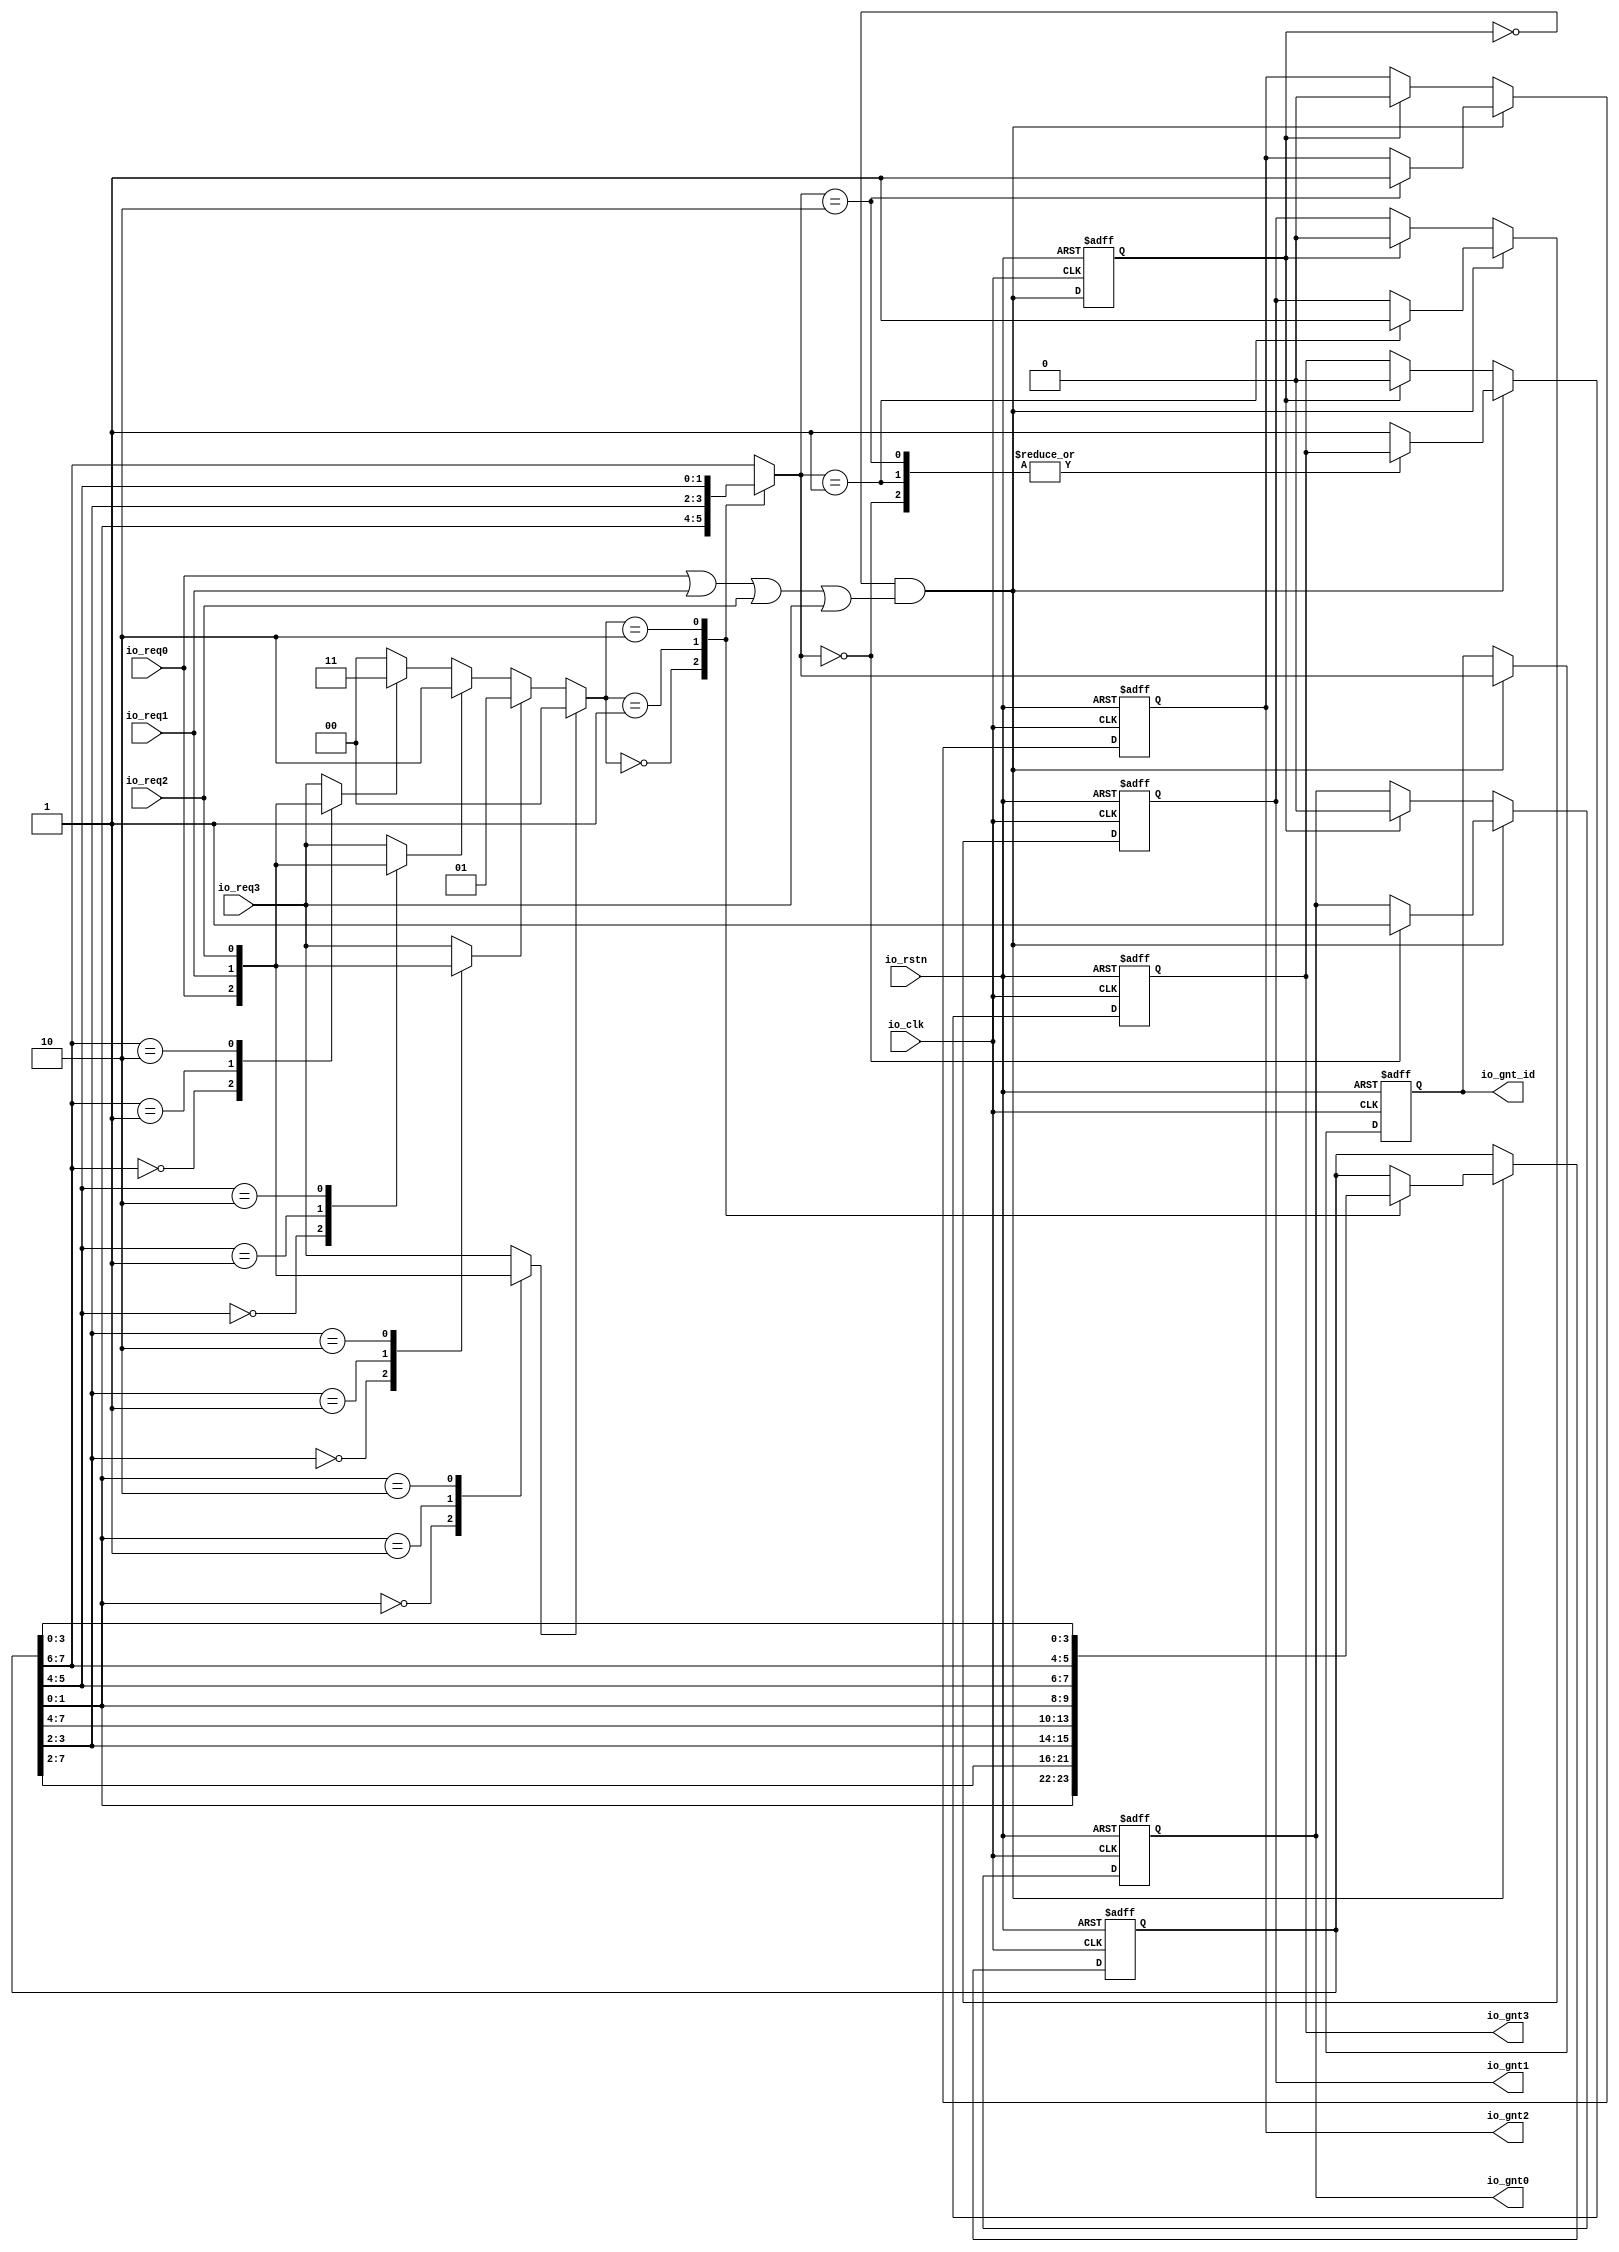
// Generator : SpinalHDL v1.7.0a    git head : 150a9b9067020722818dfb17df4a23ac712a7af8
// Component : strict_round_arbt
// Git hash  : 1ada80d2d659ea5af45b334c0c8b37d14dd88650

`timescale 1ns/1ps

module strict_round_arbt (
  input               io_req0,
  input               io_req1,
  input               io_req2,
  input               io_req3,
  output              io_gnt0,
  output              io_gnt1,
  output              io_gnt2,
  output              io_gnt3,
  output     [1:0]    io_gnt_id,
  input               io_clk,
  input               io_rstn
);

  reg                 myArea_arbt_time_d;
  reg        [7:0]    myArea_cur_pri;
  reg        [1:0]    myArea_gnt_id_w;
  reg        [1:0]    myArea_gnt_id_fix;
  reg                 myArea_fix_req0;
  reg                 myArea_fix_req1;
  reg                 myArea_fix_req2;
  reg                 myArea_fix_req3;
  wire                myArea_arbt_time;
  wire       [1:0]    switch_strict_round_arbt_l49;
  wire       [1:0]    switch_strict_round_arbt_l64;
  wire       [1:0]    switch_strict_round_arbt_l79;
  wire       [1:0]    switch_strict_round_arbt_l94;
  reg                 myArea_gnt0;
  reg                 myArea_gnt1;
  reg                 myArea_gnt2;
  reg                 myArea_gnt3;
  reg        [1:0]    myArea_gnt_id;

  always @(*) begin
    myArea_gnt_id_fix = 2'b00;
    if(myArea_fix_req0) begin
      myArea_gnt_id_fix = 2'b00;
    end else begin
      if(myArea_fix_req1) begin
        myArea_gnt_id_fix = 2'b01;
      end else begin
        if(myArea_fix_req2) begin
          myArea_gnt_id_fix = 2'b10;
        end else begin
          if(myArea_fix_req3) begin
            myArea_gnt_id_fix = 2'b11;
          end
        end
      end
    end
  end

  assign myArea_arbt_time = ((! myArea_arbt_time_d) && (((io_req0 || io_req1) || io_req2) || io_req3));
  assign switch_strict_round_arbt_l49 = myArea_cur_pri[1 : 0];
  always @(*) begin
    case(switch_strict_round_arbt_l49)
      2'b00 : begin
        myArea_fix_req0 = io_req0;
      end
      2'b01 : begin
        myArea_fix_req0 = io_req1;
      end
      2'b10 : begin
        myArea_fix_req0 = io_req2;
      end
      default : begin
        myArea_fix_req0 = io_req3;
      end
    endcase
  end

  assign switch_strict_round_arbt_l64 = myArea_cur_pri[3 : 2];
  always @(*) begin
    case(switch_strict_round_arbt_l64)
      2'b00 : begin
        myArea_fix_req1 = io_req0;
      end
      2'b01 : begin
        myArea_fix_req1 = io_req1;
      end
      2'b10 : begin
        myArea_fix_req1 = io_req2;
      end
      default : begin
        myArea_fix_req1 = io_req3;
      end
    endcase
  end

  assign switch_strict_round_arbt_l79 = myArea_cur_pri[5 : 4];
  always @(*) begin
    case(switch_strict_round_arbt_l79)
      2'b00 : begin
        myArea_fix_req2 = io_req0;
      end
      2'b01 : begin
        myArea_fix_req2 = io_req1;
      end
      2'b10 : begin
        myArea_fix_req2 = io_req2;
      end
      default : begin
        myArea_fix_req2 = io_req3;
      end
    endcase
  end

  assign switch_strict_round_arbt_l94 = myArea_cur_pri[7 : 6];
  always @(*) begin
    case(switch_strict_round_arbt_l94)
      2'b00 : begin
        myArea_fix_req3 = io_req0;
      end
      2'b01 : begin
        myArea_fix_req3 = io_req1;
      end
      2'b10 : begin
        myArea_fix_req3 = io_req2;
      end
      default : begin
        myArea_fix_req3 = io_req3;
      end
    endcase
  end

  always @(*) begin
    case(myArea_gnt_id_fix)
      2'b00 : begin
        myArea_gnt_id_w = myArea_cur_pri[1 : 0];
      end
      2'b01 : begin
        myArea_gnt_id_w = myArea_cur_pri[3 : 2];
      end
      2'b10 : begin
        myArea_gnt_id_w = myArea_cur_pri[5 : 4];
      end
      default : begin
        myArea_gnt_id_w = myArea_cur_pri[7 : 6];
      end
    endcase
  end

  assign io_gnt0 = myArea_gnt0;
  assign io_gnt1 = myArea_gnt1;
  assign io_gnt2 = myArea_gnt2;
  assign io_gnt3 = myArea_gnt3;
  assign io_gnt_id = myArea_gnt_id;
  always @(posedge io_clk or negedge io_rstn) begin
    if(!io_rstn) begin
      myArea_arbt_time_d <= 1'b0;
      myArea_cur_pri <= {2'b11,{2'b10,{2'b01,2'b00}}};
      myArea_gnt0 <= 1'b0;
      myArea_gnt1 <= 1'b0;
      myArea_gnt2 <= 1'b0;
      myArea_gnt3 <= 1'b0;
      myArea_gnt_id <= 2'b00;
    end else begin
      if(myArea_arbt_time) begin
        case(myArea_gnt_id_w)
          2'b00 : begin
            myArea_gnt0 <= 1'b1;
          end
          2'b01 : begin
            myArea_gnt1 <= 1'b1;
          end
          2'b10 : begin
            myArea_gnt2 <= 1'b1;
          end
          default : begin
            myArea_gnt3 <= 1'b1;
          end
        endcase
      end else begin
        if(myArea_arbt_time_d) begin
          myArea_gnt0 <= 1'b0;
          myArea_gnt1 <= 1'b0;
          myArea_gnt2 <= 1'b0;
          myArea_gnt3 <= 1'b0;
        end
      end
      if(myArea_arbt_time) begin
        myArea_gnt_id <= myArea_gnt_id_w;
      end
      if(myArea_arbt_time) begin
        case(myArea_gnt_id_fix)
          2'b00 : begin
            myArea_cur_pri <= {myArea_cur_pri[1 : 0],myArea_cur_pri[7 : 2]};
          end
          2'b01 : begin
            myArea_cur_pri <= {myArea_cur_pri[3 : 2],{myArea_cur_pri[7 : 4],myArea_cur_pri[1 : 0]}};
          end
          2'b10 : begin
            myArea_cur_pri <= {myArea_cur_pri[5 : 4],{myArea_cur_pri[7 : 6],myArea_cur_pri[3 : 0]}};
          end
          default : begin
            myArea_cur_pri <= {myArea_cur_pri[7 : 6],myArea_cur_pri[5 : 0]};
          end
        endcase
      end
      myArea_arbt_time_d <= myArea_arbt_time;
    end
  end


endmodule